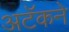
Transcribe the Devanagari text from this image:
अटॅकने